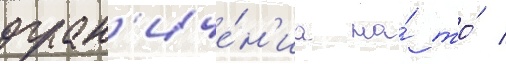
огран'иче́н'иа на́ то́ /